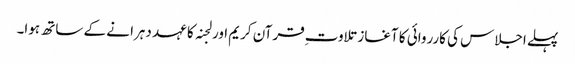
پہلے اجلاس کی کارروائی کا آغاز تلاوت ِقرآن کریم اور لجنہ کا عہد دہرا نے کے ساتھ ہوا۔